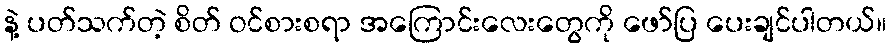
နဲ့ ပတ်သက်တဲ့ စိတ် ဝင်စားစရာ အကြောင်းလေးတွေကို ဖော်ပြ ပေးချင်ပါတယ်။